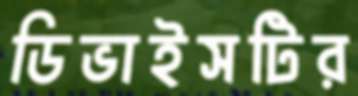
ডিভাইসটির